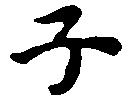
子